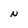
Character: N